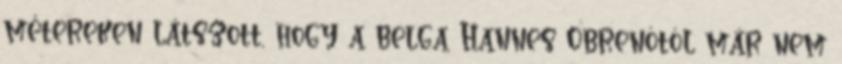
métereken látszott, hogy a belga Hannes Obrenótól már nem